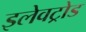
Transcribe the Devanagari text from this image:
इलेवट्रोड